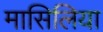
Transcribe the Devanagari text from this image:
मासिलिया